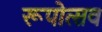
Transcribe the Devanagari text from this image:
रूपोत्सव